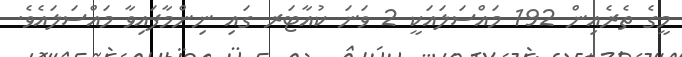
މީގެ ތެރެއިން 192 މައްސަލައަކީ 2 ވަނަ ކުއާޓަރ ގައި ނިންމާފައިވާ މައްސަލައެވެ.